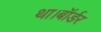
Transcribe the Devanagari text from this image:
था।बॉर्डर